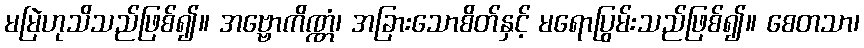
မမြဲဟုသိသည်ဖြစ်၍။ အဗ္ဗောကိဏ္ဏံ၊ အခြားသောစိတ်နှင့် မရောပြွမ်းသည်ဖြစ်၍။ စေတသာ၊